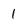
Character: 1